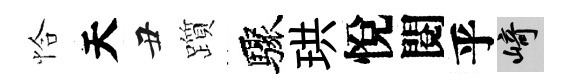
恰天丑躓驟珙悅閱乎崎